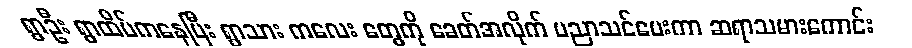
ရွာဦး ရွာထိပ်ကနေပြီး ရွာသား ကလေး တွေကို ခေတ်အလိုက် ပညာသင်ပေးကာ ဆရာသမားကောင်း